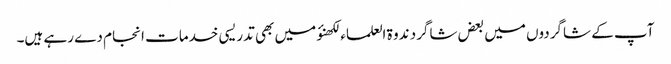
آپ کے شاگردوں میں بعض شاگرد ندوۃ العلماء لکھنؤ میں بھی تدریسی خدمات انجام دے رہے ہیں۔